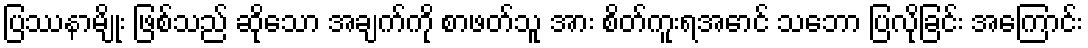
ပြဿနာမျိုး ဖြစ်သည် ဆိုသော အချက်ကို စာဖတ်သူ အား စိတ်ကူးရအောင် သဘော ပြလိုခြင်း အကြောင်း